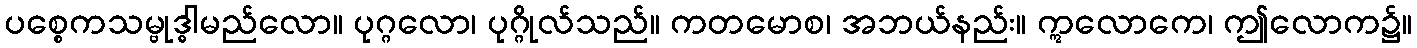
ပစ္စေကသမ္ဗုဒ္ဓါမည်လော။ ပုဂ္ဂလော၊ ပုဂ္ဂိုလ်သည်။ ကတမောစ၊ အဘယ်နည်း။ ဣလောကေ၊ ဤလောက၌။